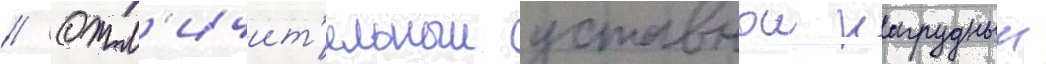
// Отл'ичит'ельныи уставнои нагрудныи